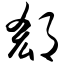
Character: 郄